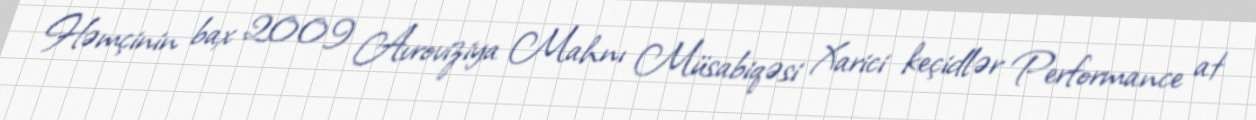
Həmçinin bax 2009 Avroviziya Mahnı Müsabiqəsi Xarici keçidlər Performance at